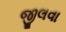
જીલવા